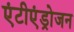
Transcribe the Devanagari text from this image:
एंटीएंड्रोजन